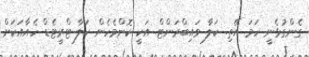
ގެންގުޅެނީ ހަމަ އޭތި. ކަލާ ވައިބްރަންޓް އަކީ ކޮންމެހެން ކަލާ ޓްރީޓެޑް ހެއާއަކަށް